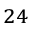
^ { 2 4 }